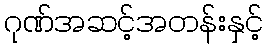
ဂုဏ်အဆင့်အတန်းနှင့်